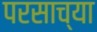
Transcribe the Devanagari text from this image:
परसाच्या